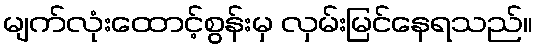
မျက်လုံးထောင့်စွန်းမှ လှမ်းမြင်နေရသည်။